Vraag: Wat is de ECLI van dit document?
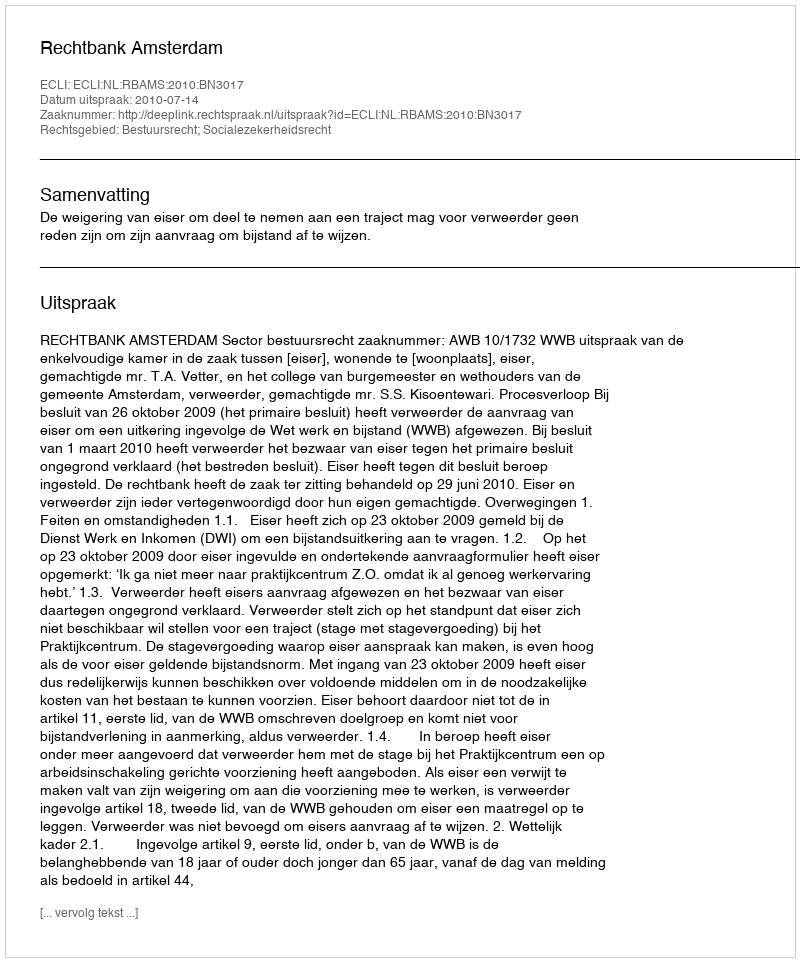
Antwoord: ECLI:NL:RBAMS:2010:BN3017